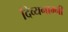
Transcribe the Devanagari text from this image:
दिव्यनाम्नी